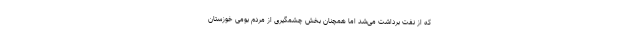
که از نفت برداشت می‌شد اما همچنان بخشِ چشمگیری از مردم بومی خوزستان